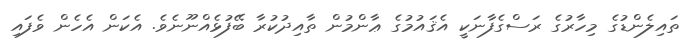
ތައިލެންޑުގެ މިހާރުގެ ރަސްގެފާނަކީ އެޤައުމުގެ ޢާންމުން ތާއިދުކުރާ ބޭފުޅެއްނޫނެވެ. އެކަން އެހެން ވެފައި